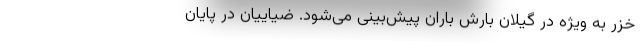
خزر به ویژه در گیلان بارش باران پیش‌بینی می‌شود. ضیاییان در پایان